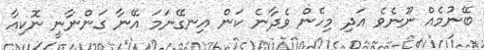
ބޭނުމެއް ނޫނެވެ އަދި މިހެން ވެދާނެ ކަން އިނގޭނަމަ އޭނާ ގަންނާނީ ނޮކިއާ